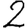
Digit: 2